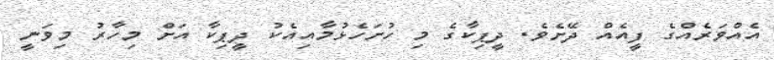
އެއްވަރެއްގެ ފީއެއް ދޭށެވެ. ދީޕިކާގެ މި ހުށަހެޅުމާއިއެކު ދީޕިކާ އަށް މިހާރު މިވަނީ